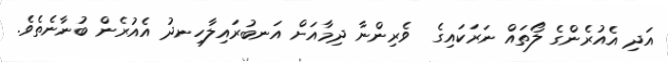
އަދި އެއުރެންގެ ލޯތައް ނަރަކައިގެ  ވެރިންނާ ދިމާއަށް އަނބުރައިލާހިނދު އެއުރެން ބުނާނެތެވެ.